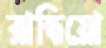
রান্ধিয়ো